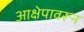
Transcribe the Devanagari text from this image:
आक्षेपावरून